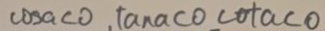
\cos a < 0 , \tan a < 0 \cot a < 0